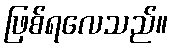
ဖြစ်ရလေသည်။